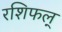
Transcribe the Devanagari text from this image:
रशिफल्